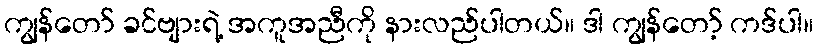
ကျွန်တော် ခင်ဗျားရဲ့ အကူအညီကို နားလည်ပါတယ်။ ဒါ ကျွန်တော့် ကဒ်ပါ။